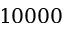
1 0 0 0 0